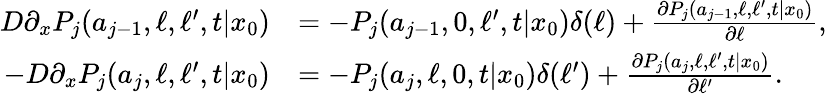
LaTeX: \begin{array}{rl}{D\partial_{x}P_{j}(a_{j-1},\ell,\ell^{\prime},t|x_{0})}&{=-P_{j}(a_{j-1},0,\ell^{\prime},t|x_{0})\delta(\ell)+\frac{\partial P_{j}(a_{j-1},\ell,\ell^{\prime},t|x_{0})}{\partial\ell},}\\ {-D\partial_{x}P_{j}(a_{j},\ell,\ell^{\prime},t|x_{0})}&{=-P_{j}(a_{j},\ell,0,t|x_{0})\delta(\ell^{\prime})+\frac{\partial P_{j}(a_{j},\ell,\ell^{\prime},t|x_{0})}{\partial\ell^{\prime}}.}\end{array}